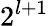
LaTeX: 2^{l+1}